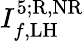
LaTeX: I_{f,\mathrm{LH}}^{5;\mathrm{R,NR}}